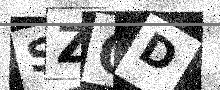
Text: SZOD